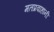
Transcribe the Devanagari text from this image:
मतप्रवाहांनी